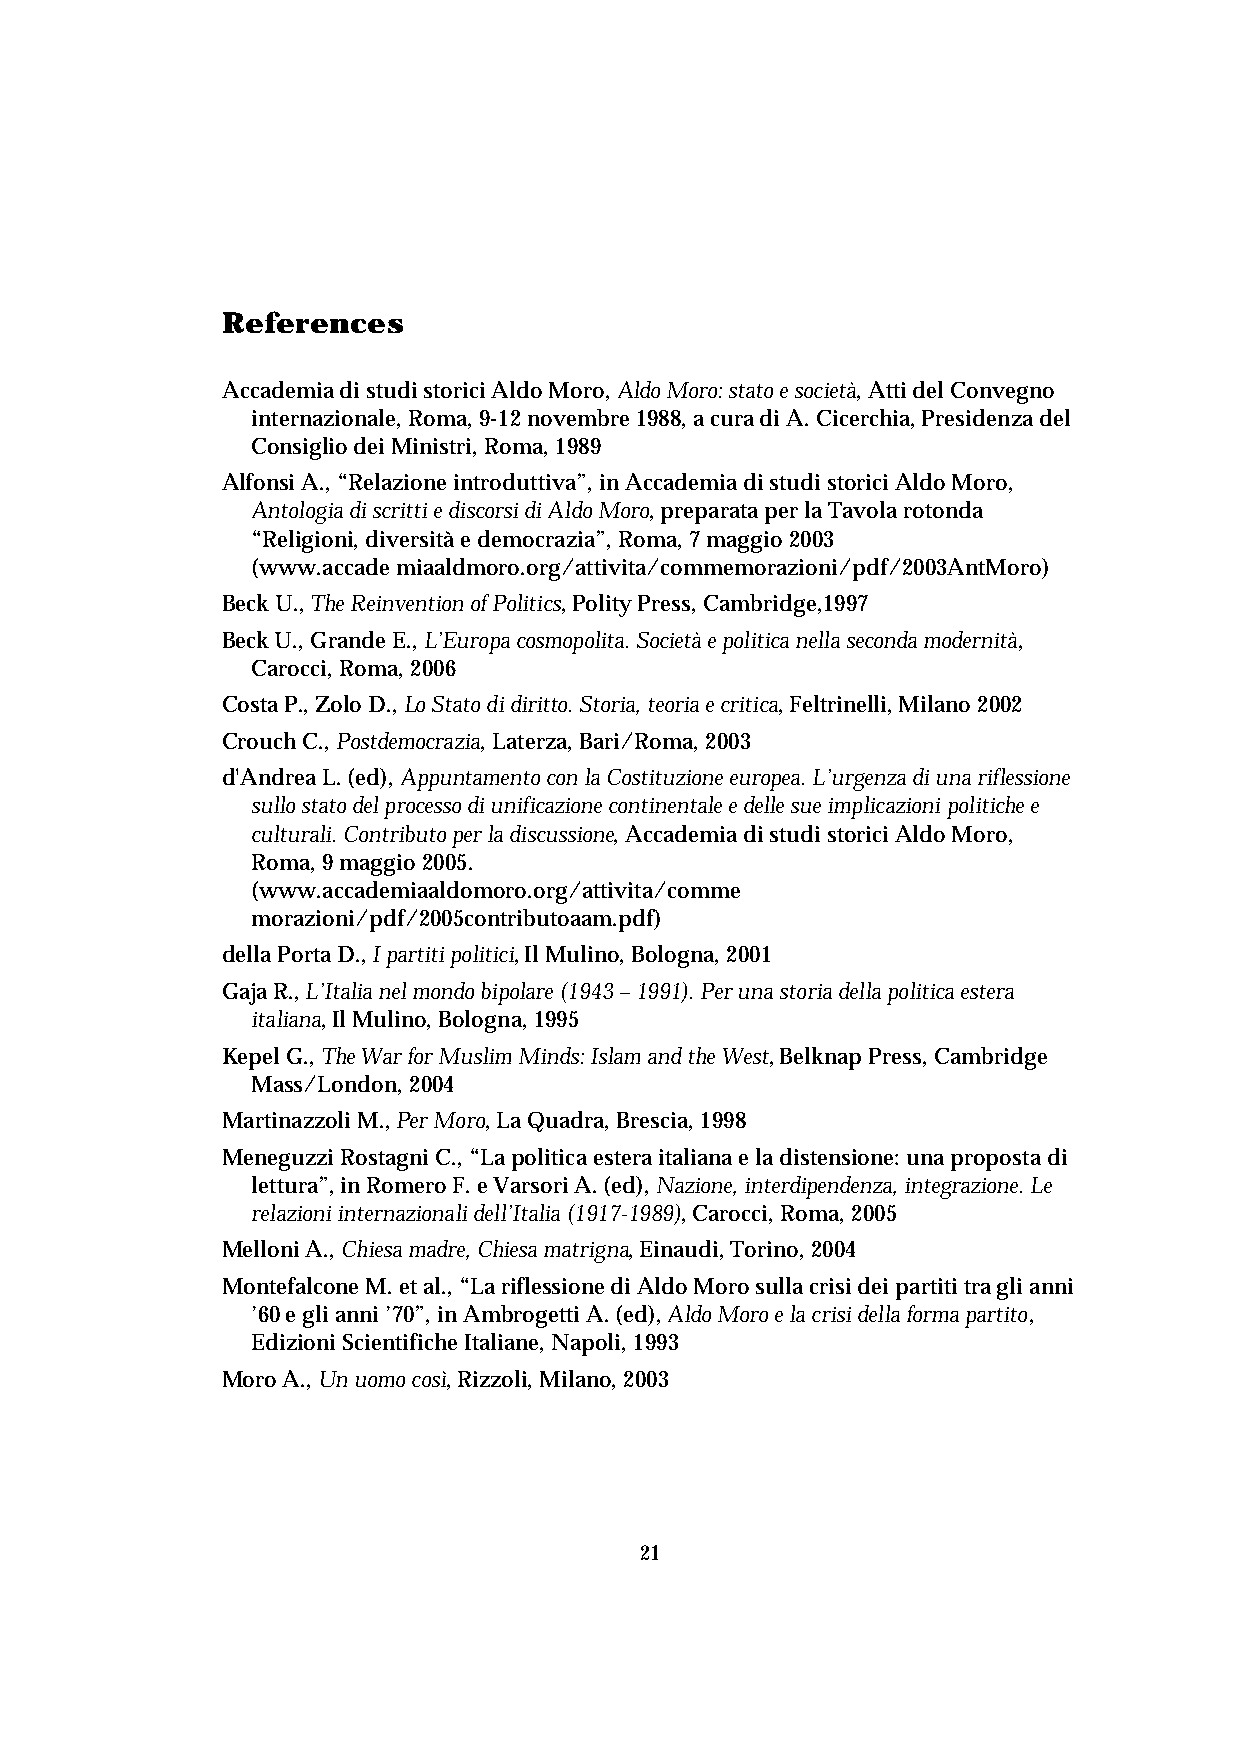
References
 Accademia di studi storici Aldo Moro, Aldo Moro: stato e società, Atti del Convegno
 internazionale, Roma, 9-12 novembre 1988, a cura di A. Cicerchia, Presidenza del
 Consiglio dei Ministri, Roma, 1989
 Alfonsi A., “Relazione introduttiva”, in Accademia di studi storici Aldo Moro,
 Antologia di scritti e discorsi di Aldo Moro, preparata per la Tavola rotonda
 “Religioni, diversità e democrazia”, Roma, 7 maggio 2003
 (www.accade miaaldmoro.org/attivita/commemorazioni/pdf/2003AntMoro)
 Beck U., The Reinvention of Politics, Polity Press, Cambridge,1997
 Beck U., Grande E., L’Europa cosmopolita. Società e politica nella seconda modernità,
 Carocci, Roma, 2006
 Costa P., Zolo D., Lo Stato di diritto. Storia, teoria e critica, Feltrinelli, Milano 2002
 Crouch C., Postdemocrazia, Laterza, Bari/Roma, 2003
 d'Andrea L. (ed), Appuntamento con la Costituzione europea. L’urgenza di una riflessione
 sullo stato del processo di unificazione continentale e delle sue implicazioni politiche e
 culturali. Contributo per la discussione, Accademia di studi storici Aldo Moro,
 Roma, 9 maggio 2005.
 (www.accademiaaldomoro.org/attivita/comme
 morazioni/pdf/2005contributoaam.pdf)
 della Porta D., I partiti politici, Il Mulino, Bologna, 2001
 Gaja R., L’Italia nel mondo bipolare (1943 – 1991). Per una storia della politica estera
 italiana, Il Mulino, Bologna, 1995
 Kepel G., The War for Muslim Minds: Islam and the West, Belknap Press, Cambridge
 Mass/London, 2004
 Martinazzoli M., Per Moro, La Quadra, Brescia, 1998
 Meneguzzi Rostagni C., “La politica estera italiana e la distensione: una proposta di
 lettura”, in Romero F. e Varsori A. (ed), Nazione, interdipendenza, integrazione. Le
 relazioni internazionali dell’Italia (1917-1989), Carocci, Roma, 2005
 Melloni A., Chiesa madre, Chiesa matrigna, Einaudi, Torino, 2004
 Montefalcone M. et al., “La riflessione di Aldo Moro sulla crisi dei partiti tra gli anni
 ’60 e gli anni ’70”, in Ambrogetti A. (ed), Aldo Moro e la crisi della forma partito,
 Edizioni Scientifiche Italiane, Napoli, 1993
 Moro A., Un uomo così, Rizzoli, Milano, 2003
 21